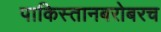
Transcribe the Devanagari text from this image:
पाकिस्तानबरोबरच